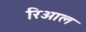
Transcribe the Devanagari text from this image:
रिआल